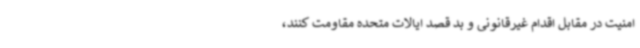
امنیت در مقابل اقدام غیرقانونی و بد قصد ایالات متحده مقاومت کنند،